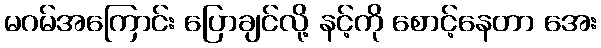
မဂမ်အကြောင်း ပြောချင်လို့ နင့်ကို စောင့်နေတာ အေး